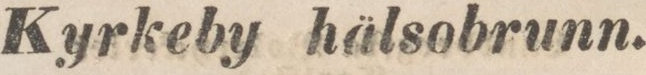
Kyrkeby hälsobrunn.